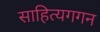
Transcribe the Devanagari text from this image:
साहित्यगगन